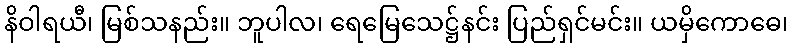
နိဝါရယီ၊ မြစ်သနည်း။ ဘူပါလ၊ ရေမြေသေဋ္ဌ်နင်း ပြည်ရှင်မင်း။ ယမှိကောဓေ၊